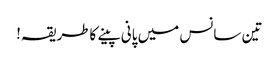
تین سانس میں پانی پینے کاطریقہ!